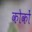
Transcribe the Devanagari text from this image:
कोकों